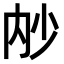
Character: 𭁧